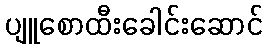
ပျူစောထီးခေါင်းဆောင်